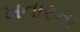
ખનારના